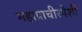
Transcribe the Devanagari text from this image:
महाप्राचीरपेशी